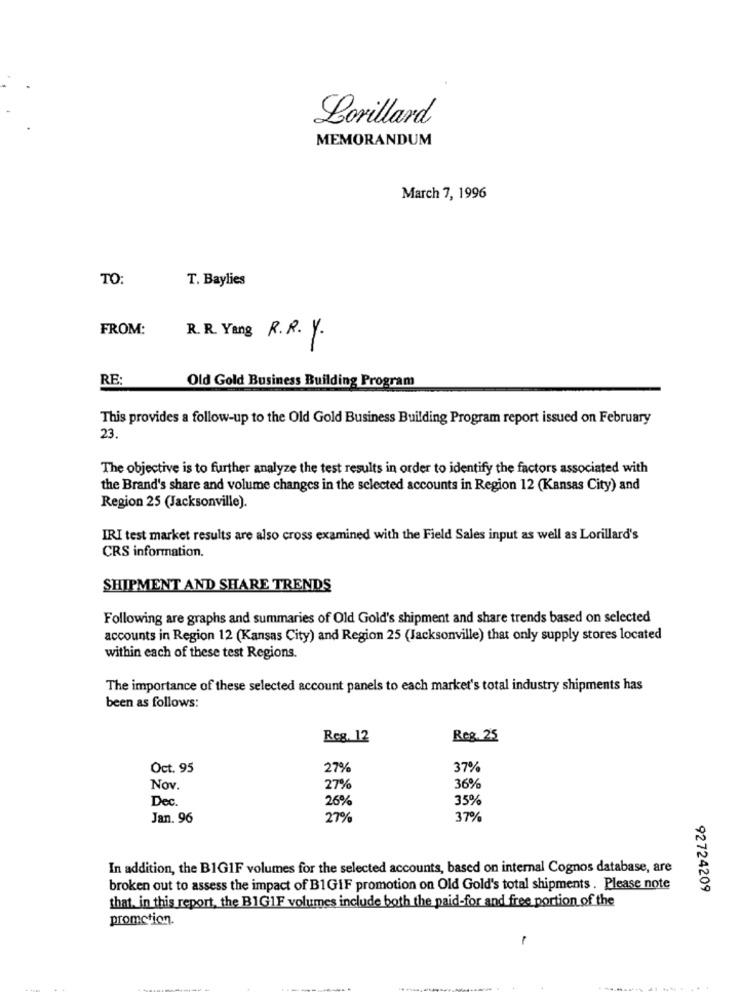
Lorillard
MEMORANDUM
March 7, 1996
TO:
T. Baylies
FROM:
R.R. Yang R.R. Y.
RE
Old Gold Business Building Program
This provides a follow-up to the Old Gold Business Building Program report issued on February
23.
The objective is to further analyze the test results in order to identify the factors associated with
the Brand's share and volume changes in the selected accounts in Region 12 (Kansas City) and
Region 25 (Jacksonville).
IRI test market results are also cross examined with the Field Sales input as well as Lorillard's
CRS information.
SHIPMENT AND SHARE TRENDS
Following are graphs and summaries of Old Gold's shipment and share trends based on selected
accounts in Region 12 (Kansas City) and Region 25 (Jacksonville) that only supply stores located
within each of these test Regions.
The importance of these selected account panels to each market's total industry shipments has
been as follows:
Reg. 12
Reg. 25
Oct. 95
27%
37%
Nov.
27%
36%
Dec.
26%
35%
Jan. 96
27%
37%
In addition, the BIG1F volumes for the selected accounts, based on internal Cognos database, are
broken out to assess the impact of B1GIF promotion on Old Gold's total shipments . Please note
92724209
that. in this report, the BIG1F volumes include both the paid-for and free portion of the
promotion.
-------